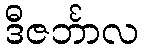
ဒီဇင်္ဘာလ